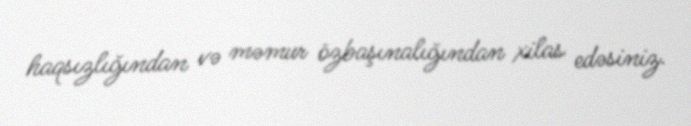
haqsızlığından və məmur özbaşınalığından xilas edəsiniz.